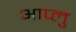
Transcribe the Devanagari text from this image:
आप्लु